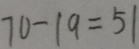
7 0 - 1 9 = 5 1